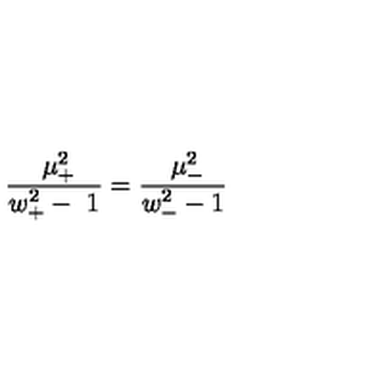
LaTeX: \frac { \ \mu _ { + } ^ { 2 } } { w _ { + } ^ { 2 } - \ 1 } = \frac { \ \mu _ { - } ^ { 2 } } { w _ { - } ^ { 2 } - 1 }